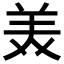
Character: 𫟈